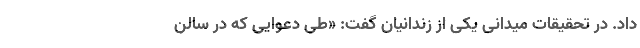
داد. در تحقیقات میدانی یکی از زندانیان گفت: «طی دعوایی که در سالن